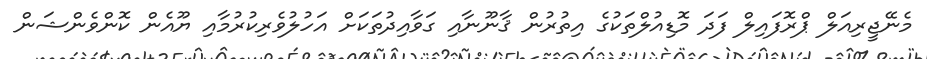
މެނޭޖީރިއަލް ޕްރޮފައިލް ފަދަ މޮޑިއުލްތަކުގެ އިތުރުން ޤާނޫނާއި ގަވާއިދުތަކަށް އަހުލުވެރިކުރުމާއި ޔޫއެން ކޮންވެންޝަން